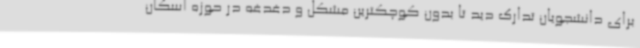
برای دانشجویان تدارک دید تا بدون کوچکترین مشکل و دغدغه در حوزه اسکان